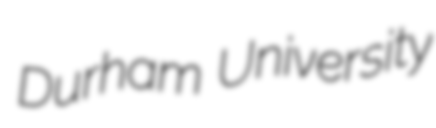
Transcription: Durham University